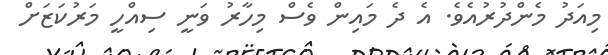
މިއަދު މެންދުރުއެވެ. އެ ދެ މައިން ވެސް މިހާރު ވަނީ ސިއްހީ މަރުކަޒަށް